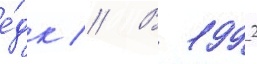
е́дк // В 1992